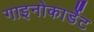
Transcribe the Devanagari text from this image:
गाइनोकार्डेट